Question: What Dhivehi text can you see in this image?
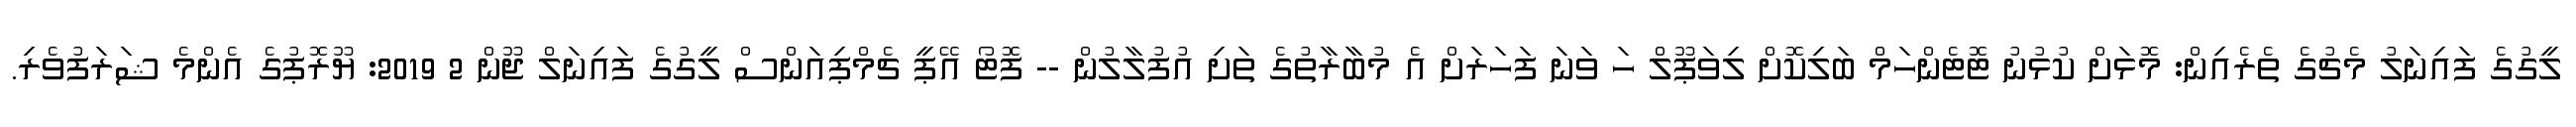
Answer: ލީގުގެ ފައިނަލު މެޗުގެ ތެރެއިން: މޮޅަށް ކުޅުނު ޓޮޓެންހަމް ބަލިކޮށް ލިވަޕޫލް ހަ ވަނަ ފަހަރަށް އެ މުބާރާތުގެ ތަށި އުފުލާލުން -- ފޮޓޯ އޭޕީ ޗެމްޕިއަންސް ލީގުގެ ފައިނަލް ޖޫން 2 2019: ޔޫރޮޕުގެ އެންމެ ޝަރަފުވެރި.